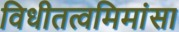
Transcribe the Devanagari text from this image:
विधीतत्वमिमांसा